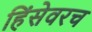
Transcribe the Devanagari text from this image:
हिंसेवरच